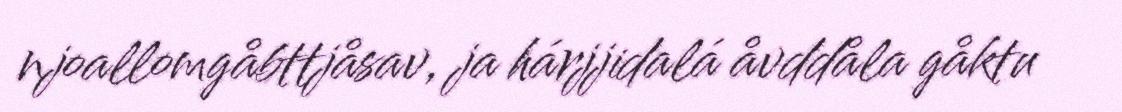
njoallomgåbttjåsav, ja hárjjidalá åvddåla gåktu